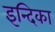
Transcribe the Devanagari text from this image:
इन्दिका